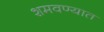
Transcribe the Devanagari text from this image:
शमवण्यात